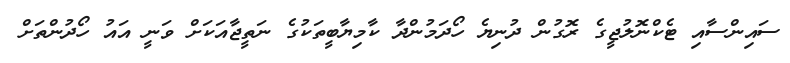
ސައިންސާއި ޓެކްނޮލުޖީގެ ރޮގުން ދުނިޔެ ހޯދަމުންދާ ކާމިޔާބީތަކުގެ ނަތީޖާއަކަށް ވަނީ އައު ހޯދުންތަށް